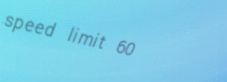
speed limit 60